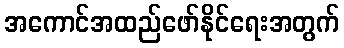
အကောင်အထည်ဖော်နိုင်ရေးအတွက်